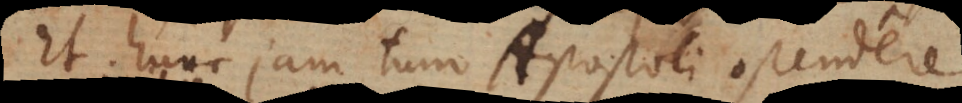
Et hunc jam tum Apostoli ostendere